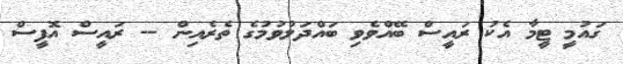
ގައުމީ ޓީމާ އެކު ރައީސް ބޭއްވެވި ބައްދަލުވުމުގެ ތެރެއިން -- ރައީސް އޮފީސް